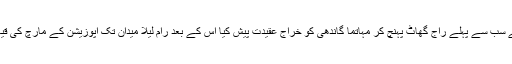
انہوں نے سب سے پہلے راج گھاٹ پہنچ کر مہاتما گاندھی کو خراج عقیدت پیش کیا اس کے بعد رام لیلا میدان تک اپوزیشن کے مارچ کی قیادت کی۔